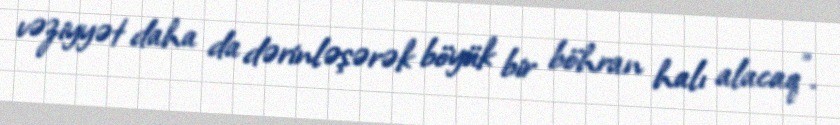
vəziyyət daha da dərinləşərək böyük bir böhran halı alacaq”.